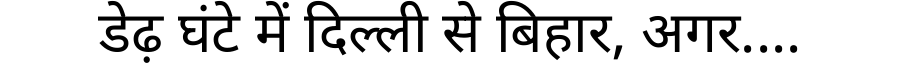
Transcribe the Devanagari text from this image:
डेढ़ घंटे में दिल्ली से बिहार, अगर....